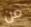
من